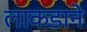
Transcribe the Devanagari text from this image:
लाकडाने